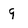
Character: 9